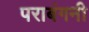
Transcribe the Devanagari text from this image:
पराबंगनी